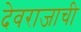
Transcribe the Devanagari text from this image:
देवराजाची